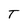
Character: T